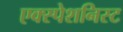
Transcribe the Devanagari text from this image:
एक्स्पेशनिस्ट